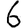
Digit: 6